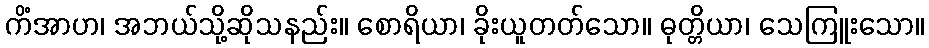
ကိံအာဟ၊ အဘယ်သို့ဆိုသနည်း။ စောရိယာ၊ ခိုးယူတတ်သော။ ဓုတ္တိယာ၊ သေကြူးသော။